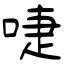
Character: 啑